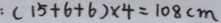
( 1 5 + 6 + 6 ) \times 4 = 1 0 8 c m